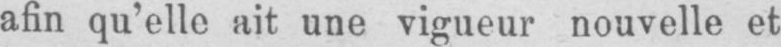
afin qu’elle ait une vigueur nouvelle et